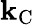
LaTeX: \mathbf{k}_{\mathrm{{{C}}}}